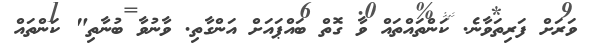
ވަރަށް ފަރިތަވާނެ. ކަންތައްތައް ވާ ގޮތް ބައްޕައަށް އަންގާތި. ވާނުވާ ބުނާތި" ކަންތައް